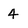
Character: 4